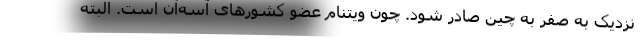
نزدیک به صفر به چین صادر شود. چون ویتنام عضو کشورهای آسه‌آن است. البته